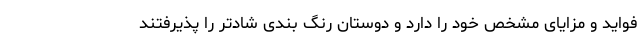
فواید و مزایای مشخص خود را دارد و دوستان رنگ بندی شادتر را پذیرفتند